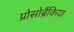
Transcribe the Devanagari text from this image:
प्रोसोब्रैंकिया